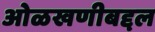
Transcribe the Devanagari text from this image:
ओळखणीबद्दल